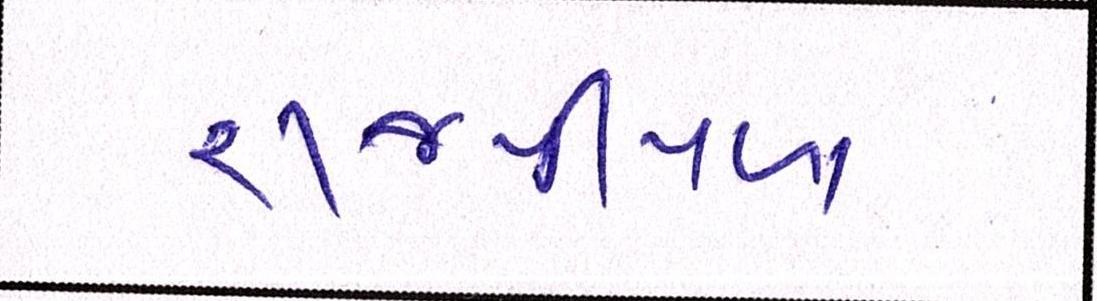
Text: રાજપીપળા